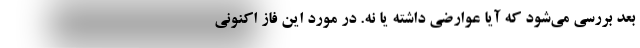
بعد بررسی می‌شود که آیا عوارضی داشته یا نه. در مورد این فاز اکنونی